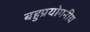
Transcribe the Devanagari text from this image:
बहुप्रयोगनीय